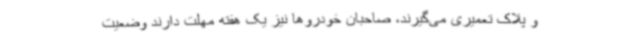
و پلاک تعمیری می‌گیرند، صاحبان خودروها نیز یک هفته مهلت دارند وضعیت